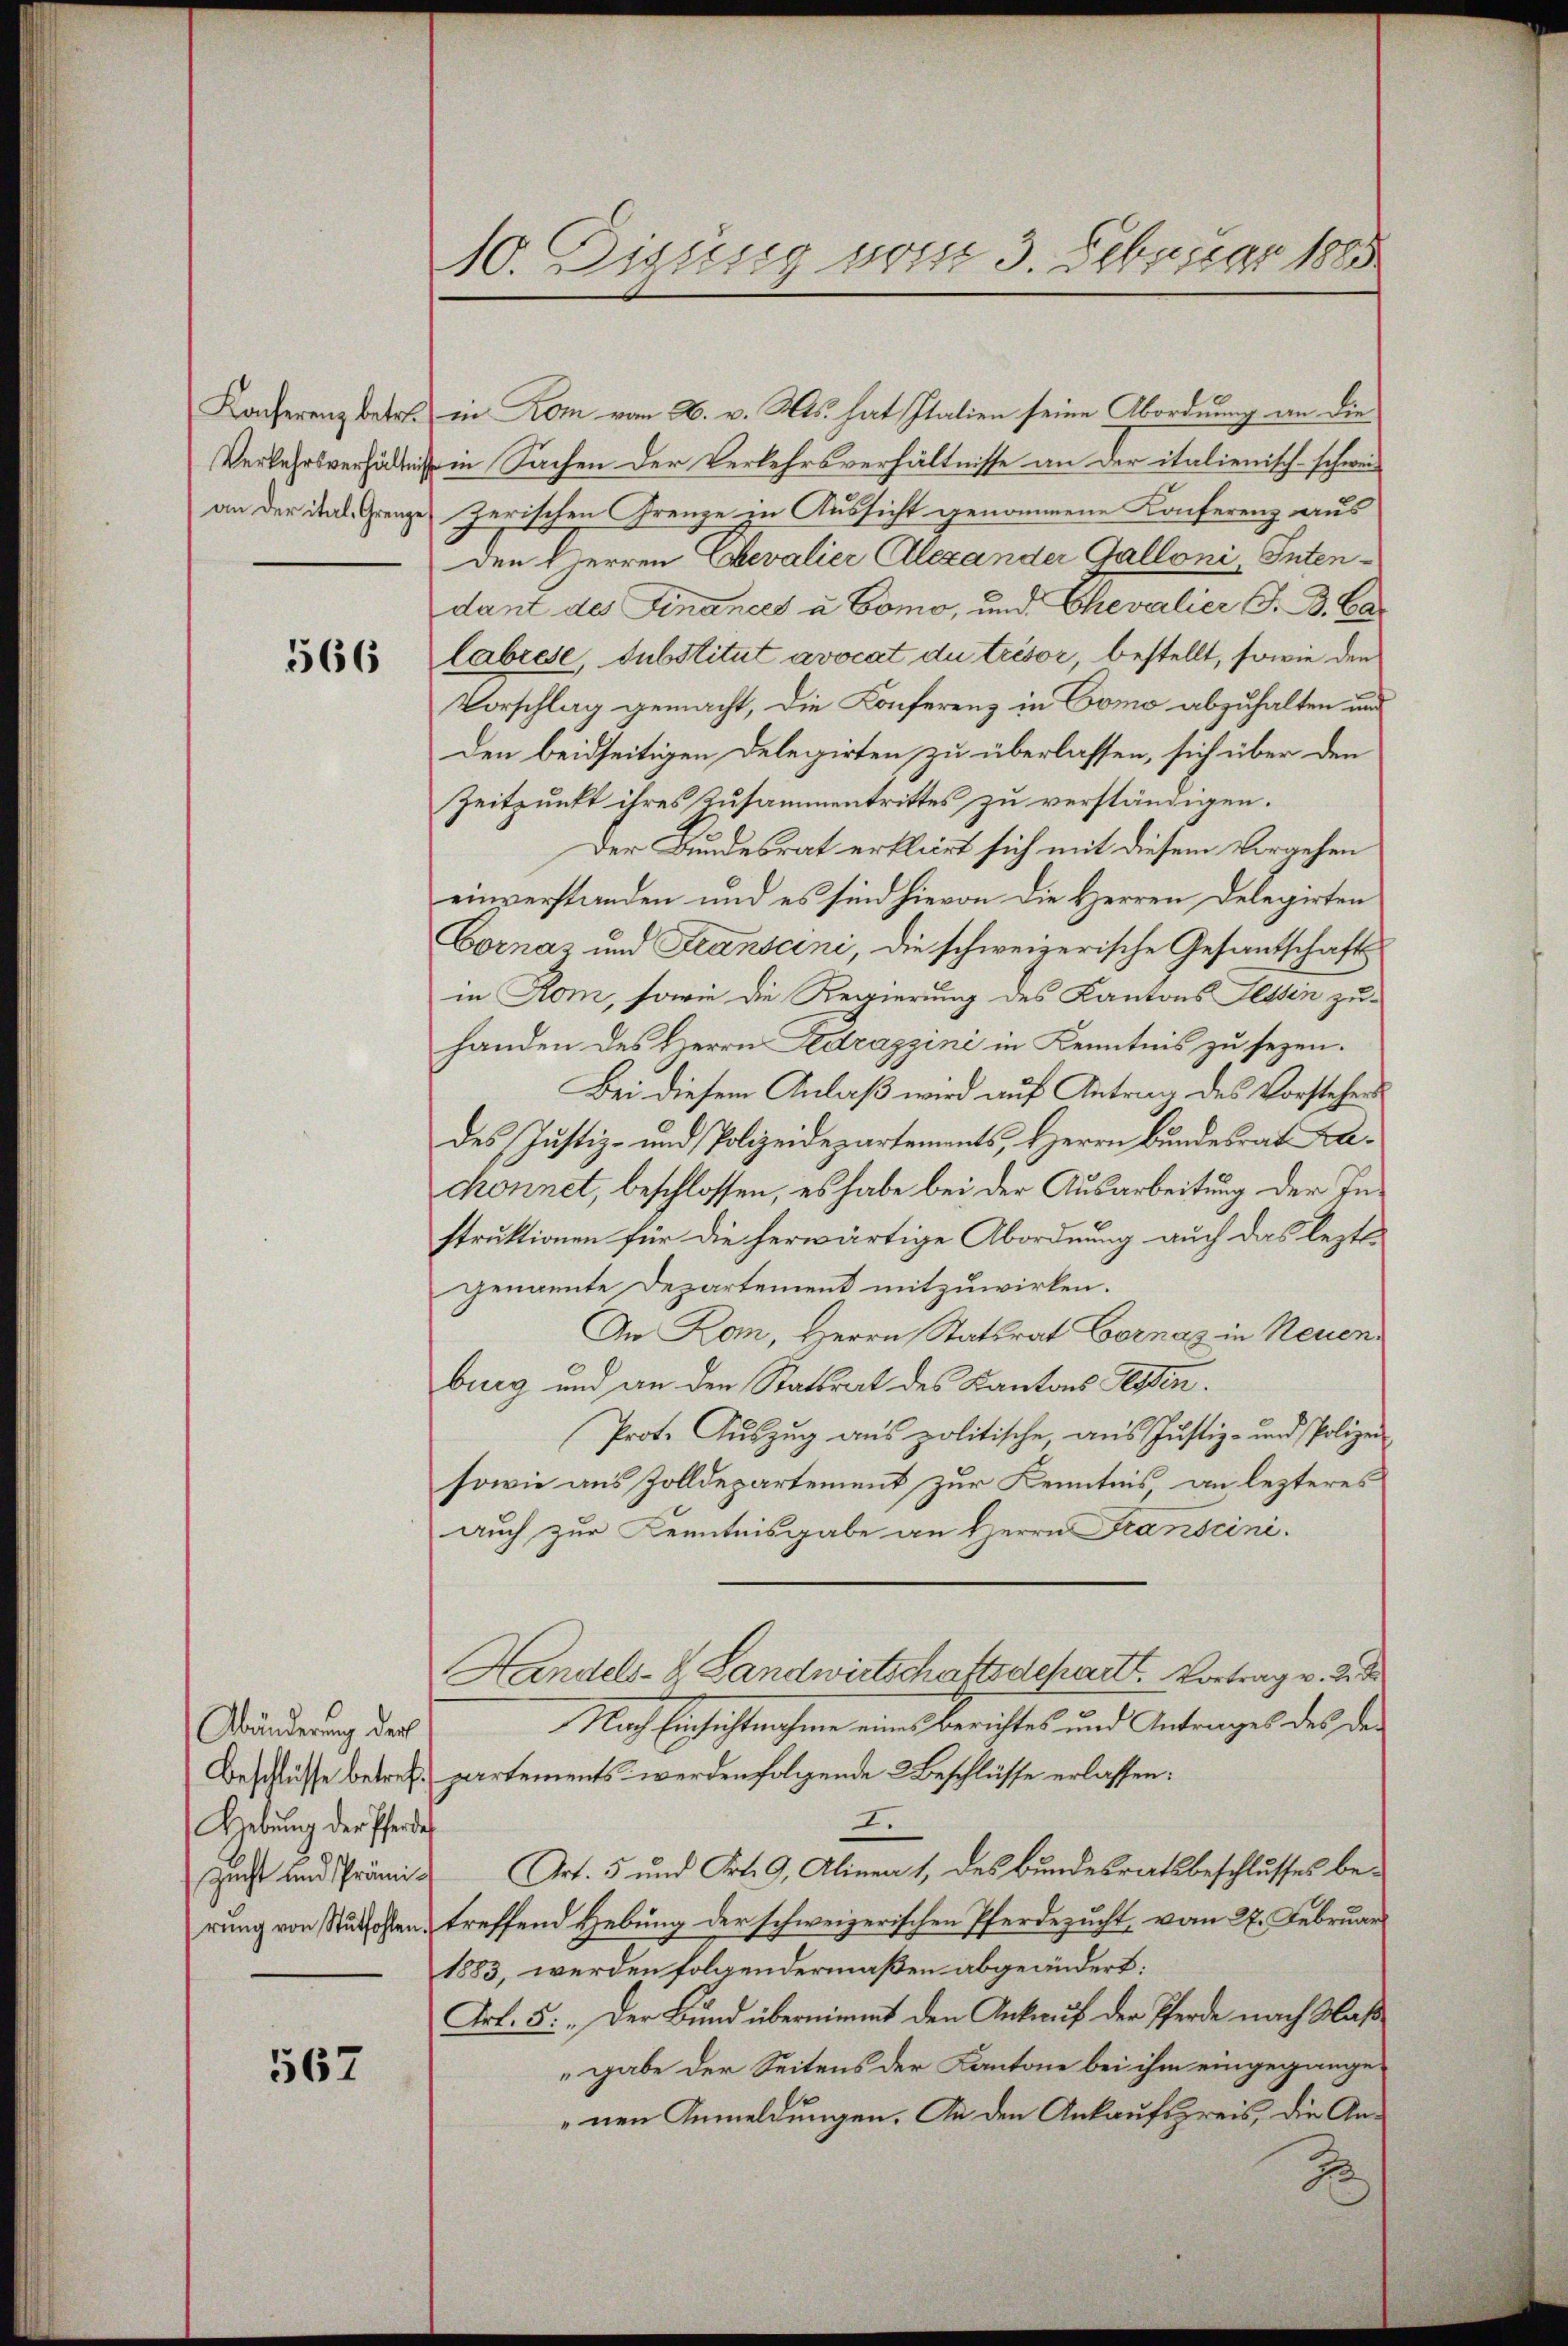
Konferenz betr.
Verkehrsverhältni
an der ital, Grenze

566

Abänderung der
Beschlüsse betref¬
Hebung der Pferde

567

10. Digung vom 3. Februar 1885

in Rom vom 26. v. Ms. hat Italien seine Abordnung an die
 in Sachen der Verkehrsverhältnisse an der italienisch-schweizerischen Grenze in Aussicht genommene Konferenz aus
Den Herren Chevalier Alexander Galloni, Intendant des Finances u Como, und Chevalier G. B. Calabiese, Substitut avocat du trésor, bestellt, sowie den
Vorschlag gemacht, die Konferenz in Como abzuhalten und
den beidseitigen Delegirten zu überlassen, sich über den
Zeitpunkt ihres Zusammentrittes zu verständigen.
Der Bundesrat erklärt sich mit diesem Vorgehen
einverstanden und es sind hievon die Herren Delegirten
Cornas und Fransani, die schweizerische Gesandtschaft
in Rom, sowie die Regierung des Kantons Tessin zu-
handen des Herrn Ledrazzini in Kenntnis zu sezen.
Bei diesem Anlaß wird auf Antrag des Vorstehers
des Justiz- und Polizeidepartements, Herrn Bundesrat Kachonnet, beschlossen, es habe bei der Ausarbeitung der Instruktionen für die herwärtige Abordnung auch das lezt
genannte Departement mitzuwirken.
An Ron, Herrn Statsrat Cornaz in Neuenburg und an den Stattrat des Kantons Essen.
Prote Auszug aus politische, aus Justiz- und Polizei
sowie aus Zolldepartement zur Kenntnis, an lezteres
auch zur Kenntnisgabe an Herrn Franscini.
Handels- & Landwirtschaftsdepartt. Vortrag v. 2. d
Nach Einsichtnahme eines Berichtes und Antrages des den
partements werden folgende Beschlüsse erlassen:
.
Zucht und Prämi Art. 5 und Frk. 9, Alinea 1, des Bundesratsbeschlusses berung von Stutfohlen, treffend Hebung der schweizerischen Pferdezucht, vom 27. Februar
1883, werden folgendermaßen abgeändert:
Frk. 5: „Der Bund übernimmt den Ankauf der Pferde nach Maßgabe der Seitens der Kantone bei ihm eingegangenen Anmeldungen. An den Ankaufspreis, die An¬
2